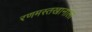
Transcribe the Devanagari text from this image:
रणमस्तखानाला